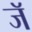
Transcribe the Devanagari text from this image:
जॅ